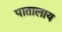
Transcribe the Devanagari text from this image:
पातालाय